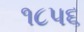
૧૮૫૬